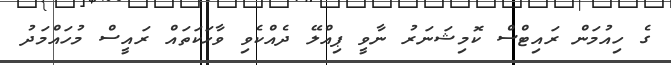
ގެ ހިއުމަން ރައިޓްސް ކޮމިޝަނަރު ނާވީ ޕިއްލޭ ދެއްކެވި ވާހަކަތައް ރައީސް މުހައްމަދު